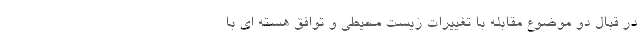
در قبال دو موضوع مقابله با تغییرات زیست محیطی و توافق هسته ای با